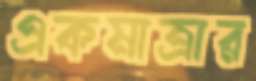
একমাত্রার